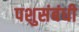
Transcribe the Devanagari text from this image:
पशुसंबंधी